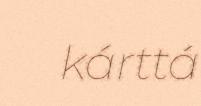
kárttá